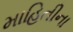
માહિતીના